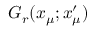
G _ { r } ( x _ { \mu } ; x _ { \mu } ^ { \prime } )